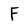
Character: F